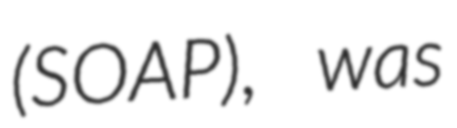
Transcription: (SOAP), was